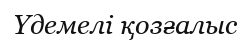
Үдемелі қозғалыс